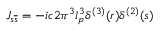
J _ { s \overline { { { s } } } } = - i c 2 \pi ^ { 3 } l _ { p } ^ { 3 } \delta ^ { ( 3 ) } ( r ) \delta ^ { ( 2 ) } ( s )